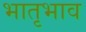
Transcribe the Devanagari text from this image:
भातृभाव